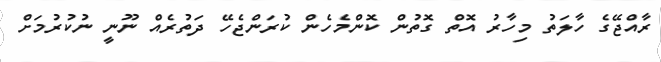
ރާއްޖޭގެ ހާލަތު މިހާރު އޮތް ގޮތުން ކޮންމެހެން ކުރަންޖެހޭ ދަތުރެއް ނޫނީ ނުކުރުމަށް